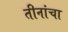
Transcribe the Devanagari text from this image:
तीनांचा